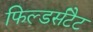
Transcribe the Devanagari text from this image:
फिल्डर्सटैट